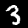
Digit: 3